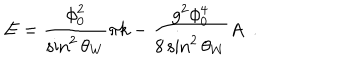
E = \frac { \phi _ { 0 } ^ { 2 } } { \sin ^ { 2 } \theta _ { W } } \pi k - \frac { g ^ { 2 } \phi _ { 0 } ^ { 4 } } { 8 \sin ^ { 2 } \theta _ { W } } A ~ ~ .